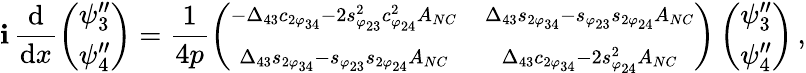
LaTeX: \mathbf{i}\, \frac{{\mathrm{{d}}}}{{\mathrm{{d}}x}}\left(\begin{array}{c}{{\psi_{3}^{\prime\prime}}}\\ {{\psi_{4}^{\prime\prime}}}\end{array}\right)=\frac{{1}}{{4p}}\left(\begin{array}{cc}{{\scriptstyle-\Delta_{43}c_{2\varphi_{34}}-2s_{\varphi_{23}}^{2}c_{\varphi_{24}}^{2}A_{NC}}}&{{\scriptstyle\Delta_{43}s_{2\varphi_{34}}-s_{\varphi_{23}}s_{2\varphi_{24}}A_{NC}}}\\ {{\scriptstyle\Delta_{43}s_{2\varphi_{34}}-s_{\varphi_{23}}s_{2\varphi_{24}}A_{NC}}}&{{\scriptstyle\Delta_{43}c_{2\varphi_{34}}-2s_{\varphi_{24}}^{2}A_{NC}}}\end{array}\right)\left(\begin{array}{c}{{\psi_{3}^{\prime\prime}}}\\ {{\psi_{4}^{\prime\prime}}}\end{array}\right)\, ,